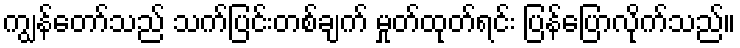
ကျွန်တော်သည် သက်ပြင်းတစ်ချက် မှုတ်ထုတ်ရင်း ပြန်ပြောလိုက်သည်။